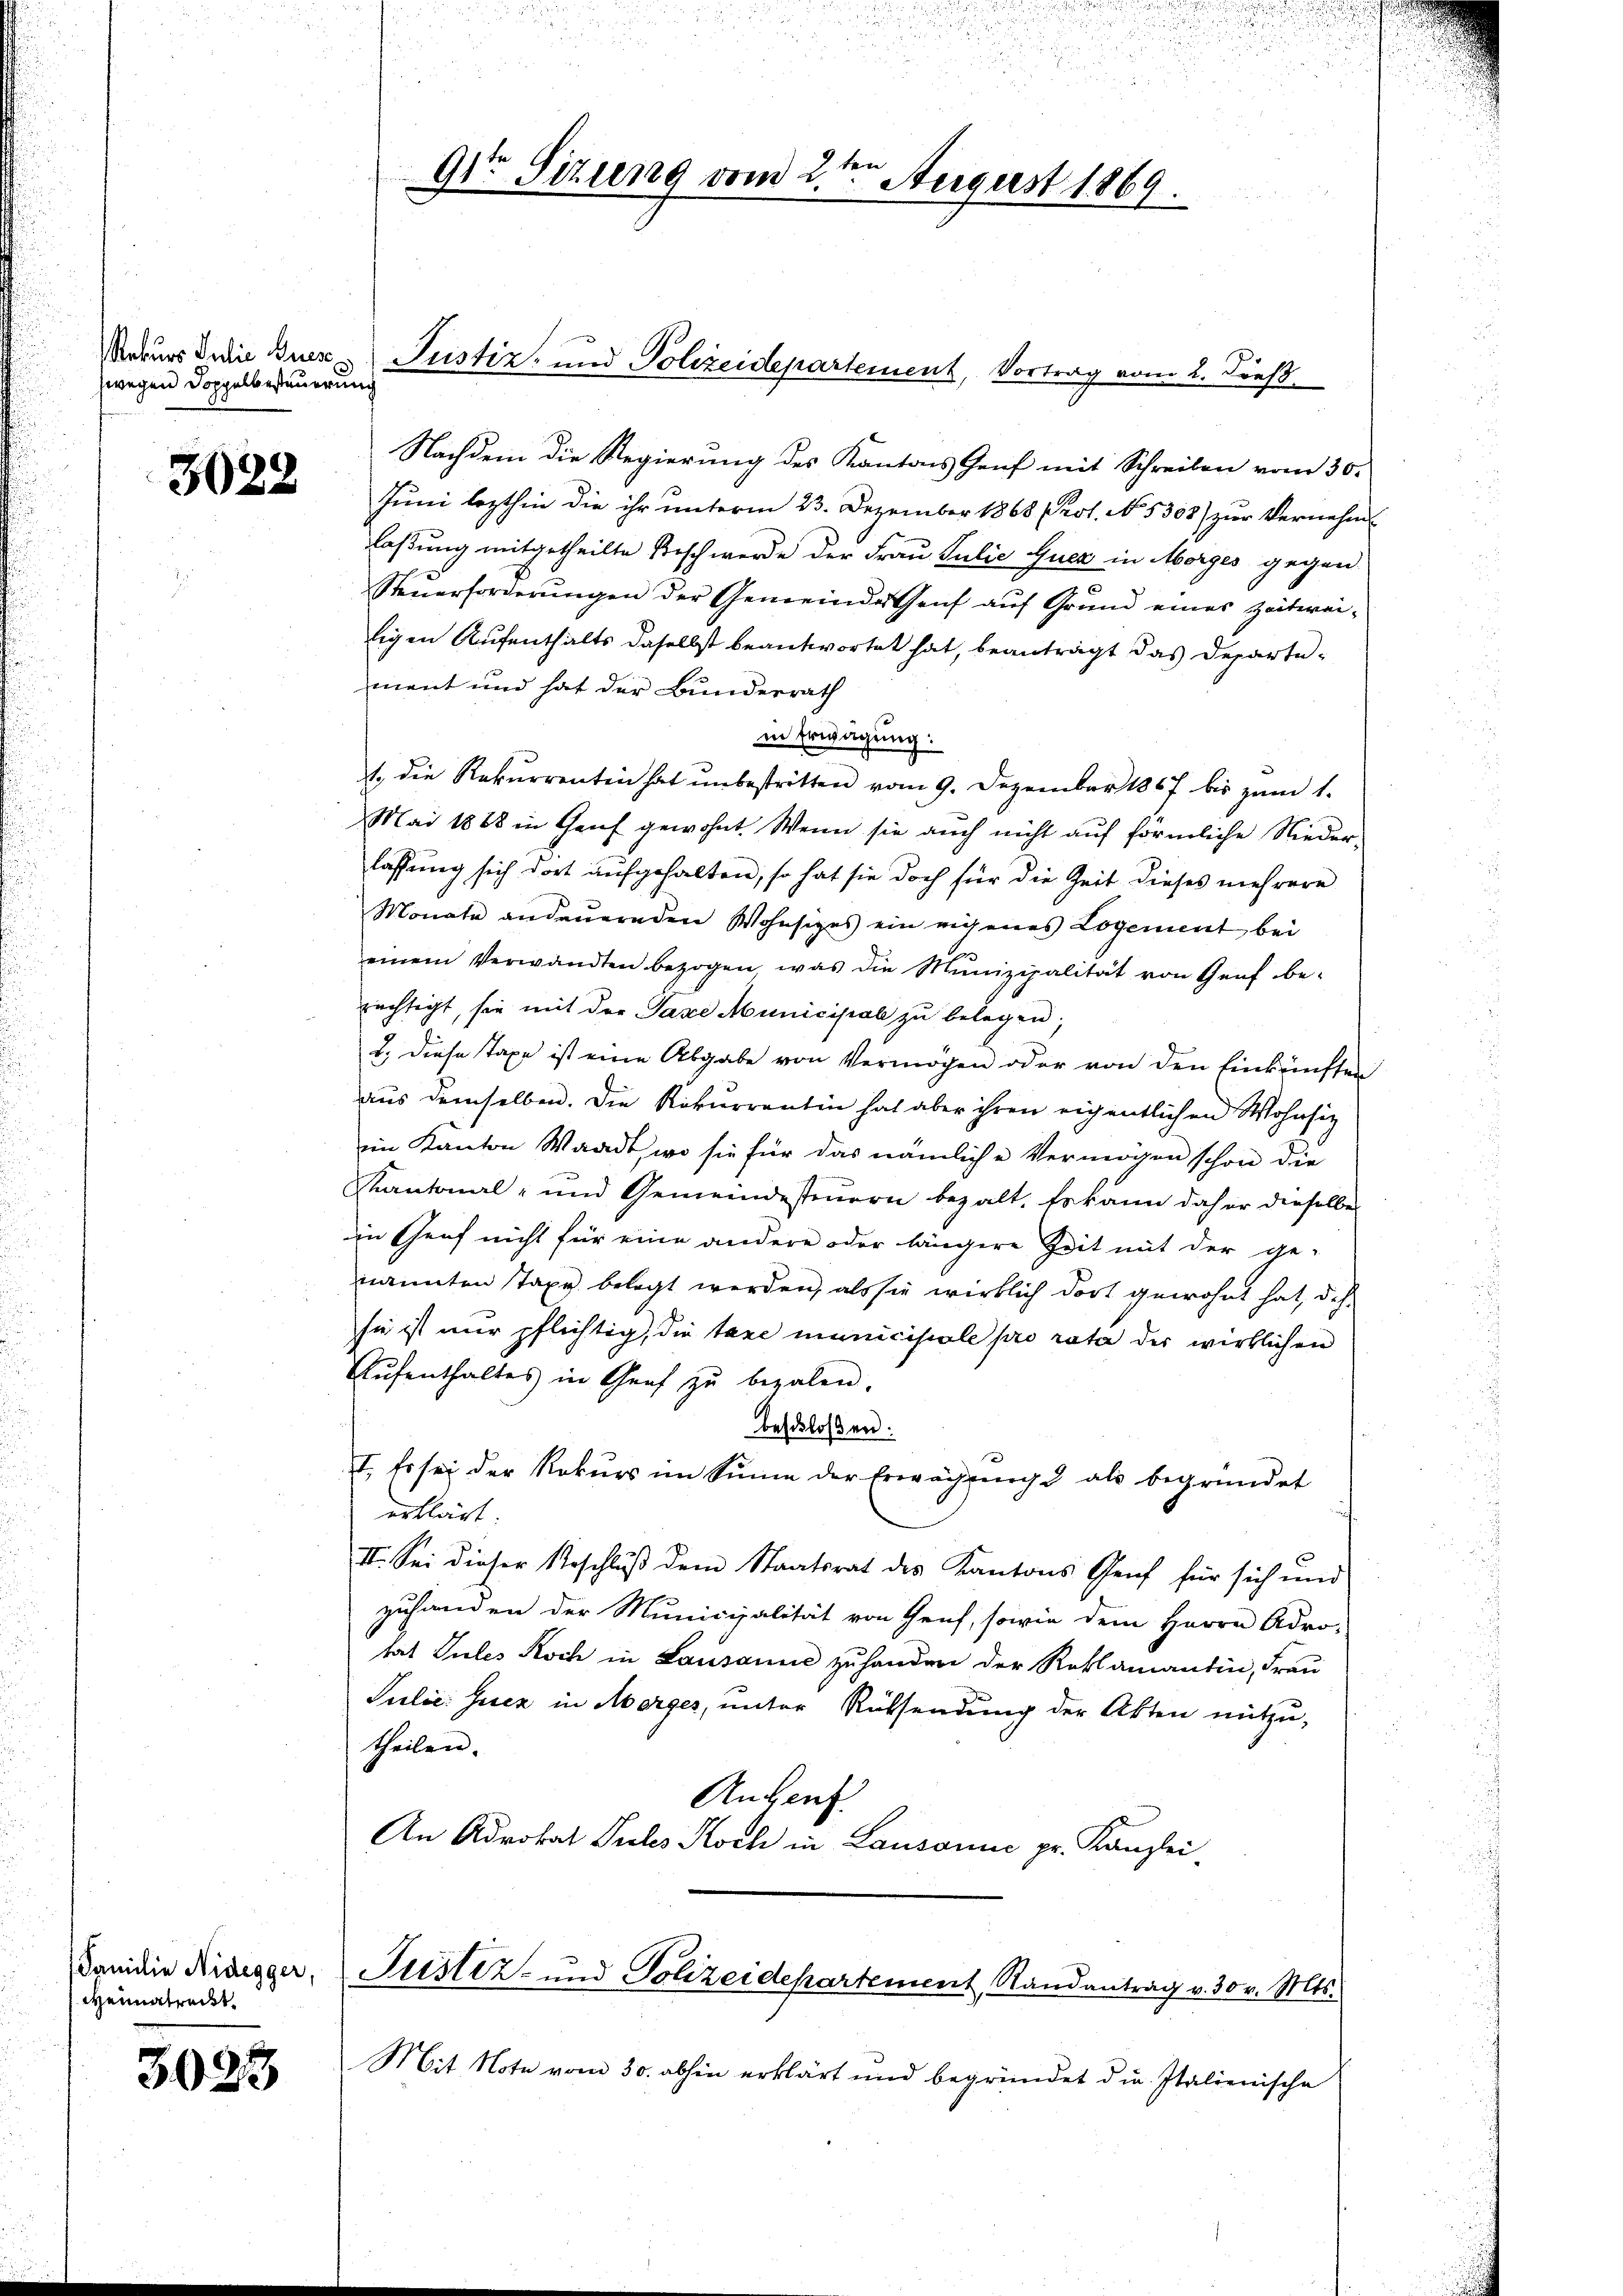
zwegen Doppelbesteuerung

3022

Weimatreckt.

3023

Nachdem die Regierung des Kantons Genf mit Schreiben vom 30.
Juni lezthin die ihr unterm 23. Dezember 1868 (Prot. No. 5308) zur Vernehm
laßung mitgetheilte Tisch werde der Frau Julie Quer in Morges gegen
Steŭerforderŭngen der Gemeinde Genf aŭf Grund eines Zeiterei-
ligen Aufenthalts daselbst beantwortet hat, beanträgt das Departement und hat der Bunderrath
in Erwägung:
t die Rekurrenten hat unbestritten vom 9. Dezember 1867 bis zŭm 1.
Mai 1888 in Genf gewohnt. Wenn sie auch nicht auf förmliche Niederlassung sich dort aufgehalten, so hat sie doch für die Zeit dieses mehrere
Monate andauernden Wohnsizes ein eigenes Logement bei
einem Verwandten bezogen, was die Munizipalität von Genf be-
rächtigt, sie mit der Pässe Municipal zu belegen;
7
1. Diese Taxe ist eine Abgabe von Vermögen oder von den Einkünften
aus demselben. Die Rekurrentin hat aber ihren eigentlichen Wohnsitz
im Kanton Waadt, wo sie für das nämliche Vermögen schon die
Kantonal- und Gemeindesteuern bezalt. Es kann daher dieselbe
in Genf nicht für eine andere oder längere Zeit mit der ge-
nannten Taxe belegt werden, als sie wirklich dort gewohnt hat, des
sie ist nur pflichtig, die taxe municipiole pro rata der wirklichen
Aŭfenthaltes in Graf zŭ bezalen.
beschloßen:
I. Es sei der Rekŭrs im Sinne der Erwägŭng als begründet
erklärt.
II. Sei dieser Beschluß dem Staatsrat des Kantons Genf für sich und
zuhanden der Municipalität von Genf, sowie dem Herrn Adro-
tat Sules Koch in Lausanne zu handen der Reklamantin, Frau
Julie Gesez in Morges, unter Rüksendung der Akten mitzu-
theilen.
Anheit
An Advokat Puls Koch in Lausanne pr. Kanzlei-
danidie Nidegger Justiz- und Polizeidepartement, Randantrag v. 30 v. Mts.
Mit Note vom 30. abhin erklärt und begründet die Italienische

tere
91te Sitzung vom 2. August 1869.

Mekurs die Euer Justiz- und Polizeidepartement, Vortrag vom 2. Dieß